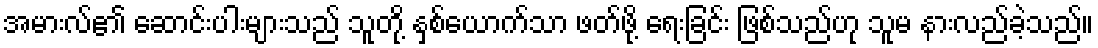
အမားလ်၏ ဆောင်းပါးများသည် သူတို့ နှစ်ယောက်သာ ဖတ်ဖို့ ရေးခြင်း ဖြစ်သည်ဟု သူမ နားလည်ခဲ့သည်။